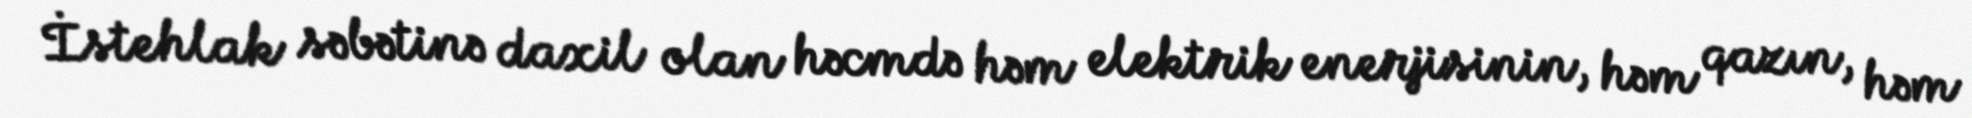
İstehlak səbətinə daxil olan həcmdə həm elektrik enerjisinin, həm qazın, həm